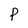
Character: P